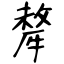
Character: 犛